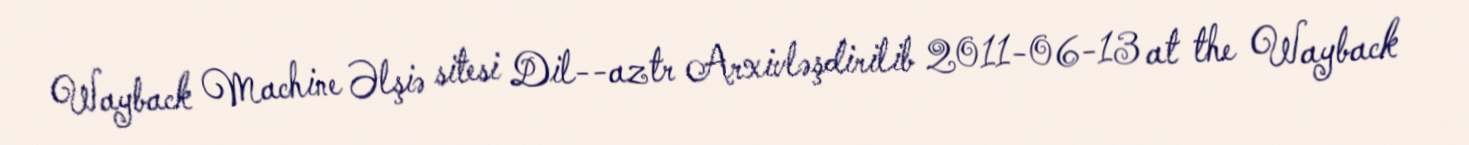
Wayback Machine Əlşiə sitesi Dil--aztr Arxivləşdirilib 2011-06-13 at the Wayback